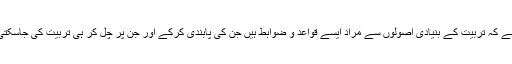
یاد رہے کہ تربیّت کے بنیادی اصولوں سے مراد ایسے قواعد و ضوابط ہیں جن کی پابندی کرکے اور جن پر چل کر ہی تربیّت کی جاسکتی ہے۔